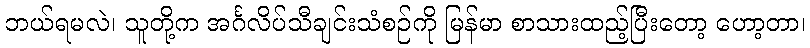
ဘယ်ရမလဲ၊ သူတို့က အင်္ဂလိပ်သီချင်းသံစဉ်ကို မြန်မာ စာသားထည့်ပြီးတော့ ဟော့တာ၊